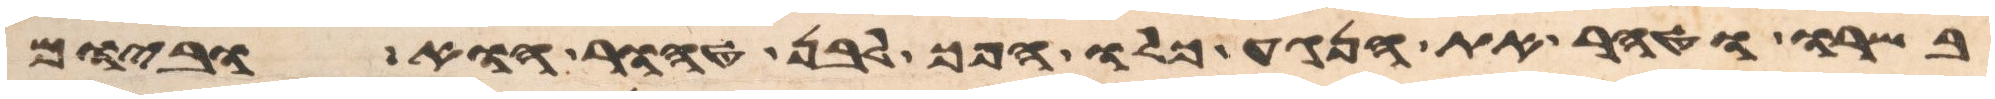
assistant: בשרו וטהר את הנגע כלו הפך לבן טהור הוא וביום